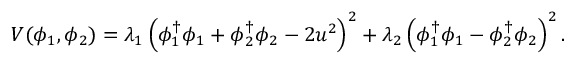
V ( \phi _ { 1 } , \phi _ { 2 } ) = \lambda _ { 1 } \left( \phi _ { 1 } ^ { \dagger } \phi _ { 1 } + \phi _ { 2 } ^ { \dagger } \phi _ { 2 } - 2 u ^ { 2 } \right) ^ { 2 } + \lambda _ { 2 } \left( \phi _ { 1 } ^ { \dagger } \phi _ { 1 } - \phi _ { 2 } ^ { \dagger } \phi _ { 2 } \right) ^ { 2 } .